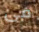
فى